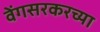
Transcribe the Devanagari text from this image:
वेंगसरकरच्या